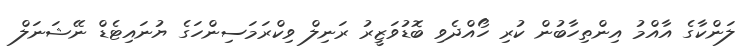
ލަންކާގެ އާއްމު އިންތިހާބުން ކުރި ހޯއްދެވި ބޮޑުވަޒީރު ރަނިލް ވިކްރަމަސިންހަގެ ޔުނައިޓެޑް ނޭޝަނަލް